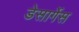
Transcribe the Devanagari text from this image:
डेसार्गेस